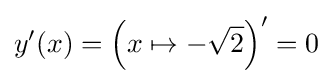
y'(x)=\left(x\mapsto -{\sqrt {2}}\right)'=0